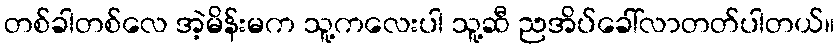
တစ်ခါတစ်လေ အဲ့မိန်းမက သူ့ကလေးပါ သူ့ဆီ ညအိပ်ခေါ်လာတတ်ပါတယ်။